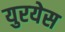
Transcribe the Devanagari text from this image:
युरयेस